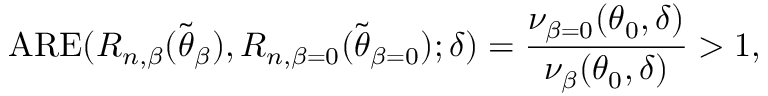
\mathrm { A R E } ( R _ { n , \beta } ( \widetilde { \boldsymbol { \theta } } _ { \beta } ) , R _ { n , \beta = 0 } ( \widetilde { \boldsymbol { \theta } } _ { \beta = 0 } ) ; \boldsymbol { \delta } ) = \frac { \nu _ { \beta = 0 } ( \boldsymbol { \theta } _ { 0 } , \boldsymbol { \delta } ) } { \nu _ { \beta } ( \boldsymbol { \theta } _ { 0 } , \boldsymbol { \delta } ) } > 1 ,